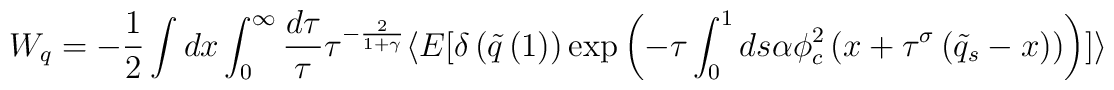
W_{q}=-\frac{1}{2} \int dx\int_{0}^{\infty} \frac{d\tau}{\tau}   \tau^{-\frac{2}{1+\gamma}} \langle E[\delta\left(\tilde{q}\left(1\right)\right)   \exp\left(-\tau\int_{0}^{1}ds \alpha\phi_{c}^{2}\left(x+   \tau^{\sigma}\left(\tilde{q}_{s}-x\right)\right)\right)]\rangle